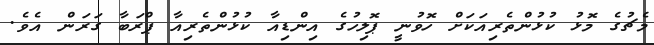
މެޗުގެ މޮޅު ކުޅުންތެރިއަކަށް ހޮވުނީ ޕޮލިހުގެ އިންޑިއާ ކުޅުންތެރިއާ ޕްރަބާ ގަރަން އެވެ.